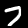
Label: 7